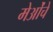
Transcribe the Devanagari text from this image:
मेओंचे